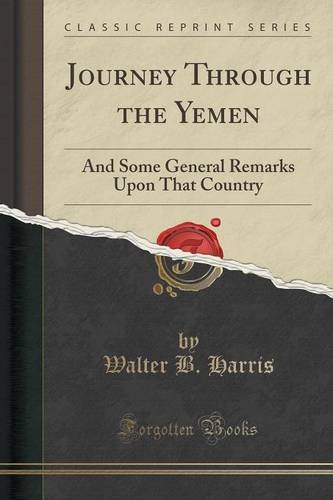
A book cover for Journey Through the Yemen: And Some General Remarks Upon That Country (Classic Reprint); Walter B. Harris; Travel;